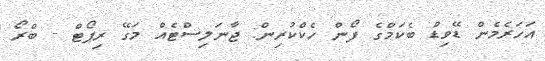
އަހަރެމެން ޑޭވިޑް ބެކަމްގެ ފޯން ހެކްކުރިން: ޖާނަލިސްޓެއް މަގޭ ރިޕޯޓް - ބްރޯ